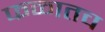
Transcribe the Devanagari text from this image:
फळातच